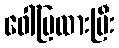
ဖေါ်ပြထားပြီး